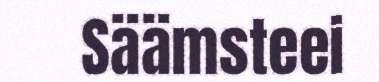
Säämsteei